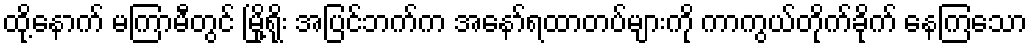
ထို့နောက် မကြာမီတွင် မြို့ရိုး အပြင်ဘက်က အနော်ရထာတပ်များကို ကာကွယ်တိုက်ခိုက် နေကြသော